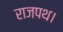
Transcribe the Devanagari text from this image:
राजपथ।